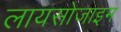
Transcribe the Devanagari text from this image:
लायसोजाइम